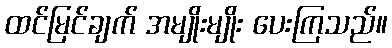
ထင်မြင်ချက် အမျိုးမျိုး ပေးကြသည်။